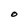
Character: O